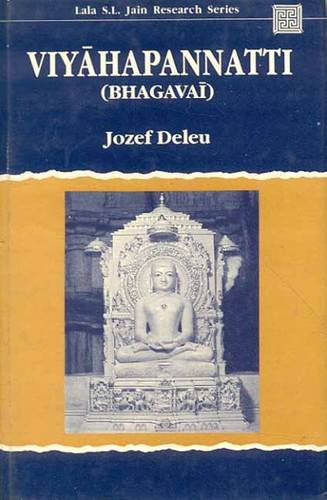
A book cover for Viyahapannatti (Bhagavai): the Fifth Anga of the Jaina canon (Lala Sunder Lal Jain Research Series); Josef Deleu; Religion & Spirituality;